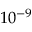
1 0 ^ { - 9 }